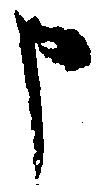
申